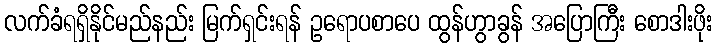
လက်ခံရရှိနိုင်မည်နည်း မြက်ရှင်းရန် ဥရောပစာပေ ထွန်ဟွာခွန် အပြောကြီး စောဒါးဖိုး